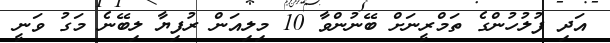
އަދި ފުލުހުންގެ ތަމްރީނަށް ބޭނުންވާ 10 މިލިއަން ރުފިޔާ ލިބޭނެ މަގު ވަނީ